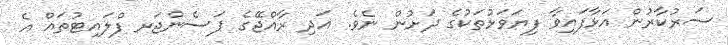
ސަރުކާރުން އަޅާފައިވާ ފިޔަވަޅުތަކުގެ ދަށުން ނެވެ. އަދި ރާއްޖޭގެ ޕަސެންޖަރ ފްލައިޓުތައް އެ